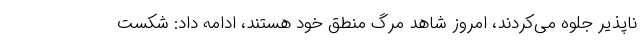
ناپذیر جلوه می‌کردند، امروز شاهد مرگ منطق خود هستند، ادامه داد: شکست